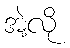
အဲ့လို